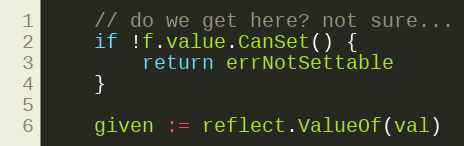
Language: Go
	// do we get here? not sure...
	if !f.value.CanSet() {
		return errNotSettable
	}

	given := reflect.ValueOf(val)